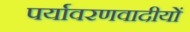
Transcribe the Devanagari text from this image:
पर्यावरणवादीयों